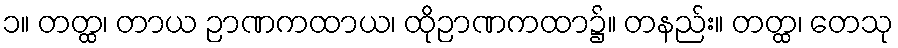
၁။ တတ္ထ၊ တာယ ဉာဏကထာယ၊ ထိုဉာဏကထာ၌။ တနည်း။ တတ္ထ၊ တေသု